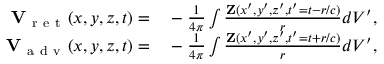
\begin{array} { r l } { { \mathbf V } _ { \mathrm { ~ r ~ e ~ t ~ } } ( x , y , z , t ) = } & { { } - \frac { 1 } { 4 \pi } \int \frac { { \mathbf Z } ( x ^ { \prime } , y ^ { \prime } , z ^ { \prime } , t ^ { \prime } = t - r / c ) } { r } d V ^ { \prime } , } \\ { { \mathbf V } _ { \mathrm { ~ a ~ d ~ v ~ } } ( x , y , z , t ) = } & { { } - \frac { 1 } { 4 \pi } \int \frac { { \mathbf Z } ( x ^ { \prime } , y ^ { \prime } , z ^ { \prime } , t ^ { \prime } = t + r / c ) } { r } d V ^ { \prime } , } \end{array}